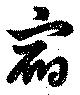
宿